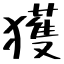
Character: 獲